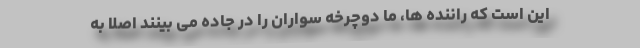
این است که راننده ها، ما دوچرخه سواران را در جاده می بینند اصلا به